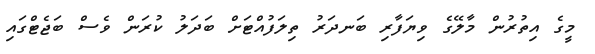
މީގެ އިތުރުން މާލޭގެ ވިޔަފާރި ބަނދަރު ތިލަފުއްޓަށް ބަދަލު ކުރަން ވެސް ބަޖެޓްގައި